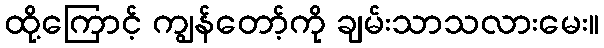
ထို့ကြောင့် ကျွန်တော့်ကို ချမ်းသာသလားမေး။